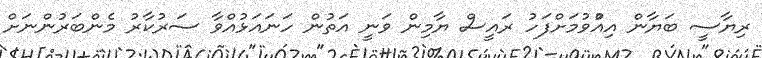
ރިޔާސީ ބަޔާން އިއްުވުމަށްފަހު ރައީސް ޔާމިން ވަނީ އަތުން ހަނައަޅުއްވާ ސަރުކާރު މެންބަރުންނަށް